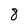
Character: 8